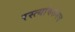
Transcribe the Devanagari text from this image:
रस्त्यांवरूनच